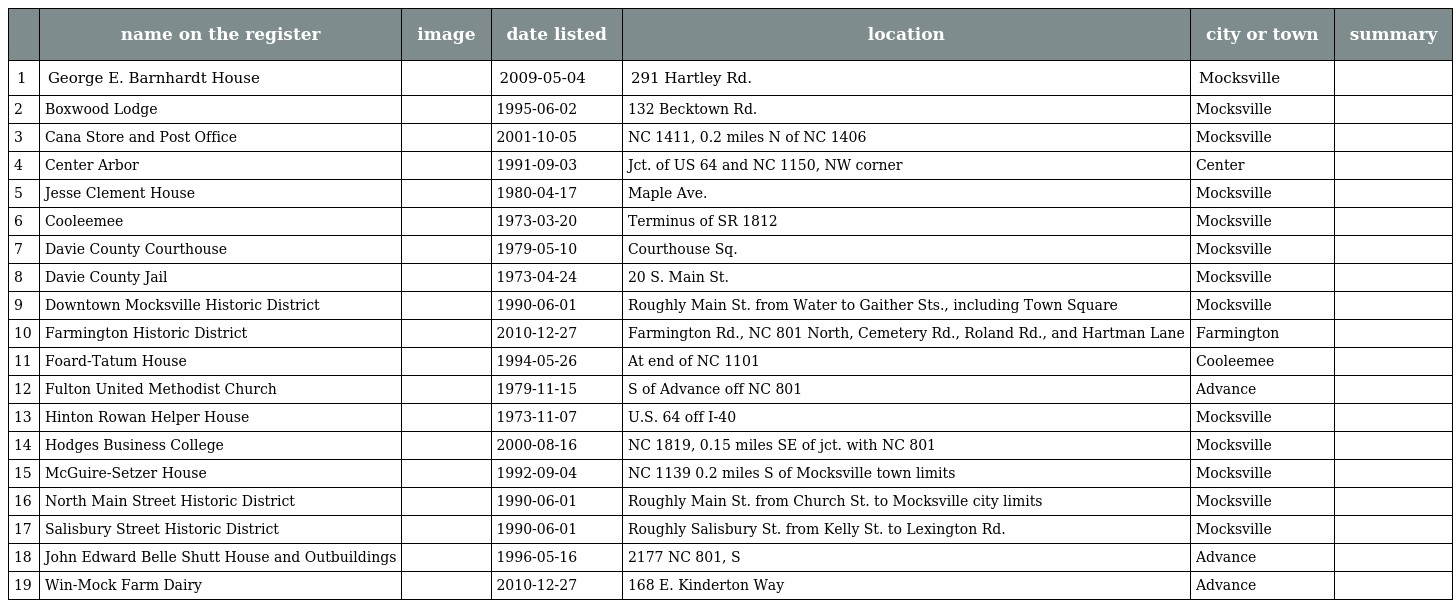
|  | name on the register | image | date listed | location | city or town | summary |
 | --- | --- | --- | --- | --- | --- | --- |
 | 1 | George E. Barnhardt House |  | 2009-05-04 | 291 Hartley Rd. | Mocksville |  |
 | 2 | Boxwood Lodge |  | 1995-06-02 | 132 Becktown Rd. | Mocksville |  |
 | 3 | Cana Store and Post Office |  | 2001-10-05 | NC 1411, 0.2 miles N of NC 1406 | Mocksville |  |
 | 4 | Center Arbor |  | 1991-09-03 | Jct. of US 64 and NC 1150, NW corner | Center |  |
 | 5 | Jesse Clement House |  | 1980-04-17 | Maple Ave. | Mocksville |  |
 | 6 | Cooleemee |  | 1973-03-20 | Terminus of SR 1812 | Mocksville |  |
 | 7 | Davie County Courthouse |  | 1979-05-10 | Courthouse Sq. | Mocksville |  |
 | 8 | Davie County Jail |  | 1973-04-24 | 20 S. Main St. | Mocksville |  |
 | 9 | Downtown Mocksville Historic District |  | 1990-06-01 | Roughly Main St. from Water to Gaither Sts., including Town Square | Mocksville |  |
 | 10 | Farmington Historic District |  | 2010-12-27 | Farmington Rd., NC 801 North, Cemetery Rd., Roland Rd., and Hartman Lane | Farmington |  |
 | 11 | Foard-Tatum House |  | 1994-05-26 | At end of NC 1101 | Cooleemee |  |
 | 12 | Fulton United Methodist Church |  | 1979-11-15 | S of Advance off NC 801 | Advance |  |
 | 13 | Hinton Rowan Helper House |  | 1973-11-07 | U.S. 64 off I-40 | Mocksville |  |
 | 14 | Hodges Business College |  | 2000-08-16 | NC 1819, 0.15 miles SE of jct. with NC 801 | Mocksville |  |
 | 15 | McGuire-Setzer House |  | 1992-09-04 | NC 1139 0.2 miles S of Mocksville town limits | Mocksville |  |
 | 16 | North Main Street Historic District |  | 1990-06-01 | Roughly Main St. from Church St. to Mocksville city limits | Mocksville |  |
 | 17 | Salisbury Street Historic District |  | 1990-06-01 | Roughly Salisbury St. from Kelly St. to Lexington Rd. | Mocksville |  |
 | 18 | John Edward Belle Shutt House and Outbuildings |  | 1996-05-16 | 2177 NC 801, S | Advance |  |
 | 19 | Win-Mock Farm Dairy |  | 2010-12-27 | 168 E. Kinderton Way | Advance |  |